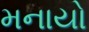
મનાયો